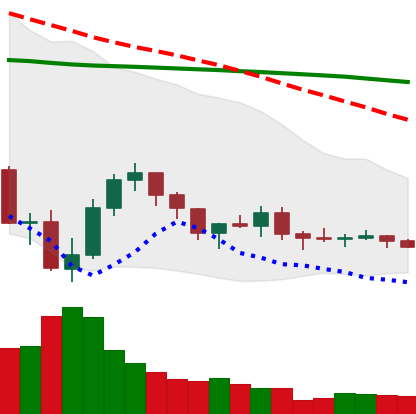
Ticker: XLM-USD
Chart end date: 2019-08-02
Forward return: -4.083%
Label: down_3_5